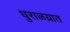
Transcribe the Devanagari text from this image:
धुराळय़ात